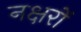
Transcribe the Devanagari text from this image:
नक्षरों